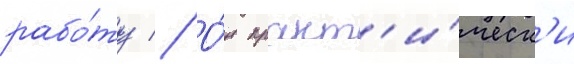
рабо́ту // О́н практ'и́ческ'и